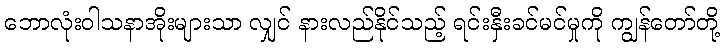
ဘောလုံးဝါသနာအိုးများသာ လျှင် နားလည်နိုင်သည့် ရင်းနှီးခင်မင်မှုကို ကျွန်တော်တို့